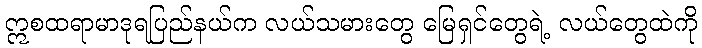
ဣစထရာမာဒုရပြည်နယ်က လယ်သမားတွေ မြေရှင်တွေရဲ့ လယ်တွေထဲကို